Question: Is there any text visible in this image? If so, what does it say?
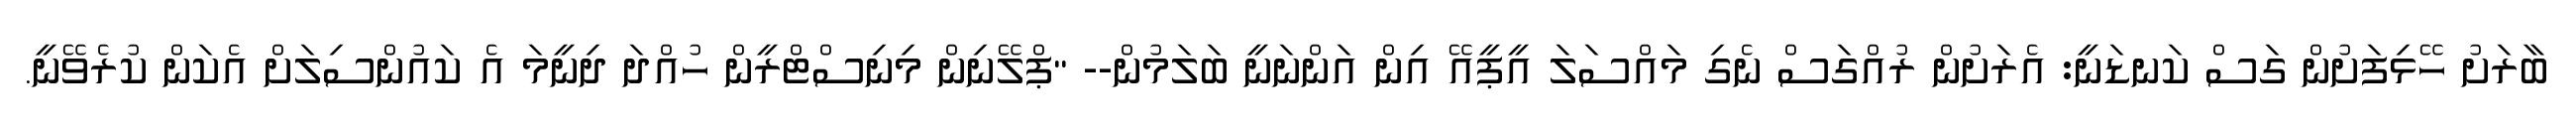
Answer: ބާރަށު ހޭޅިފަށުން ގަސް ކަނޑަނީ: އެރަށުން ރުއްގަސް ނެގި މައްސަލަ އީޕީއޭ އިން އަންނަނީ ބަލަމުން-- "ޕްލޭނިން މިނިސްޓްރީން ހުއްދަ ދިނީމަ އެ ކައުންސިލަށް އެކަން ކުރެވޭނީ.